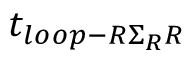
t _ { l o o p - R \Sigma _ { R } R }